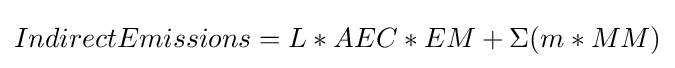
IndirectEmissions=L*AEC*EM+\Sigma (m*MM)